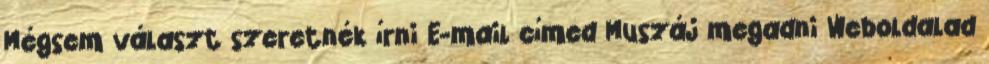
Mégsem választ szeretnék írni E-mail címed Muszáj megadni Weboldalad